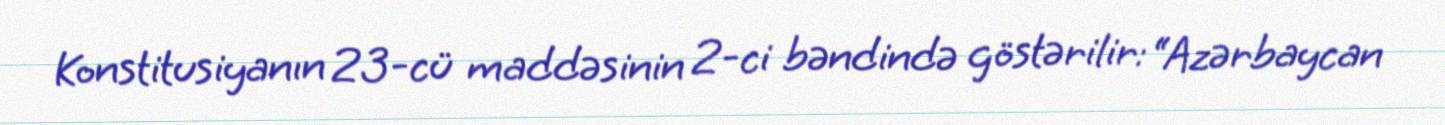
Konstitusiyanın 23-cü maddəsinin 2-ci bəndində göstərilir: “Azərbaycan